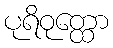
ပုရိဝုတ္ထော